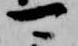
可